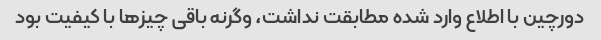
دورچین با اطلاع وارد شده مطابقت نداشت، وگرنه باقی چیزها با کیفیت بود